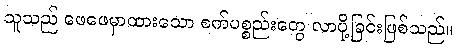
သူသည် ဖေဖေမှာထားသော စက်ပစ္စည်းတွေ လာပို့ခြင်းဖြစ်သည်။